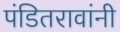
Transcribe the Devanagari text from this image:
पंडितरावांनी